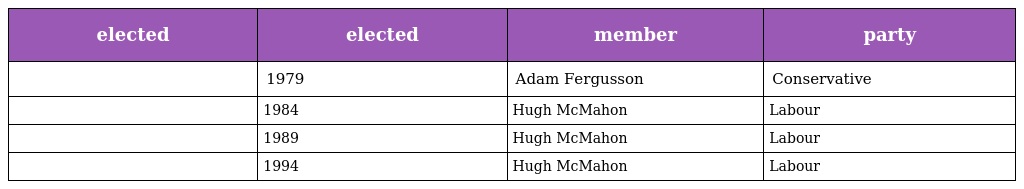
| elected | elected | member | party |
 | --- | --- | --- | --- |
 |  | 1979 | Adam Fergusson | Conservative |
 |  | 1984 | Hugh McMahon | Labour |
 |  | 1989 | Hugh McMahon | Labour |
 |  | 1994 | Hugh McMahon | Labour |